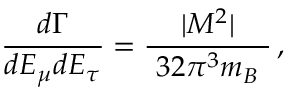
\frac { d \Gamma } { d E _ { \mu } d E _ { \tau } } = \frac { | { \cal M } ^ { 2 } | } { ~ 3 2 \pi ^ { 3 } m _ { B } ~ } \, ,